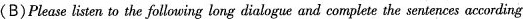
(B)Please listen to the following long dialogue and complete the sentences according